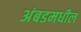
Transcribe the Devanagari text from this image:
अंबडमधील